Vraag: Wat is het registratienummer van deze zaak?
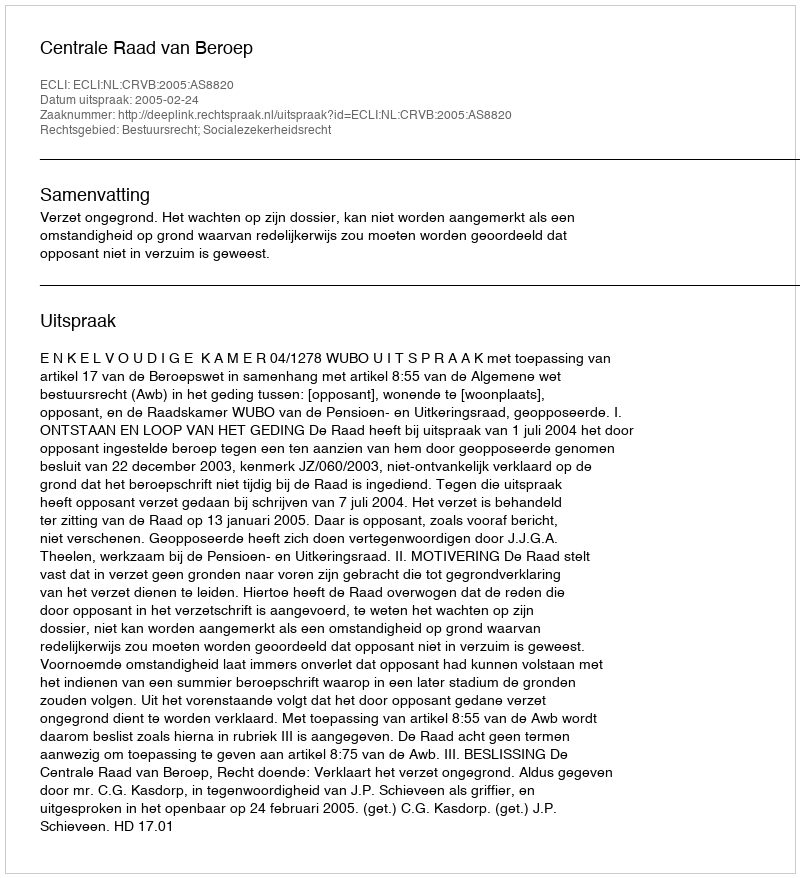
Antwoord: http://deeplink.rechtspraak.nl/uitspraak?id=ECLI:NL:CRVB:2005:AS8820